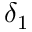
\delta _ { 1 }